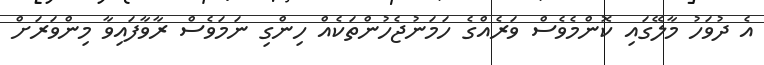
އެ ދުވަހު މާލޭގައި ކޮންމެވެސް ވަރެއްގެ ހަމަނުޖެހުންތަކެއް ހިންގި ނަމަވެސް ރާވާފައިވާ މިންވަރަށް